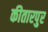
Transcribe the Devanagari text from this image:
कीतारपुर